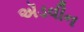
ઍડવીન